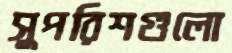
সুপরিশগুলো